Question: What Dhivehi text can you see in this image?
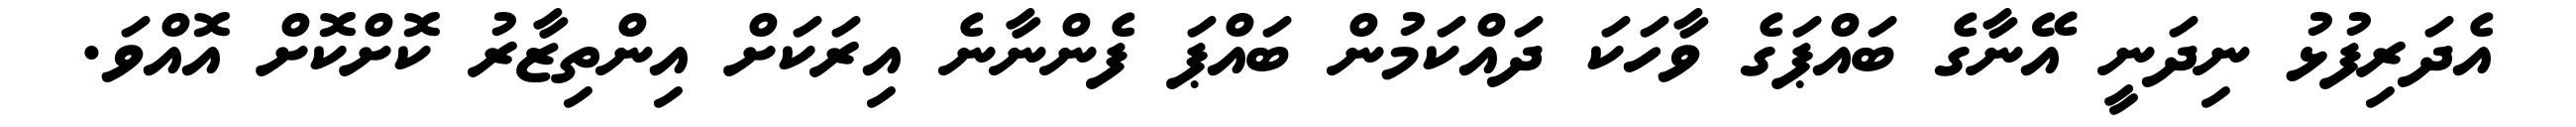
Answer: އެދަރިފުޅު ނިދަނީ އޭނާގެ ބައްޕަގެ ވާހަކަ ދައްކަމުން ބައްޕަ ފެންނާނެ އިރަކަށް އިންތިޒާރު ކޮށްކޮށް އޮއްވަ.